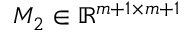
M _ { 2 } \in \mathbb { R } ^ { m + 1 \times m + 1 }